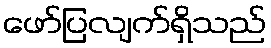
ဖော်ပြလျက်ရှိသည်